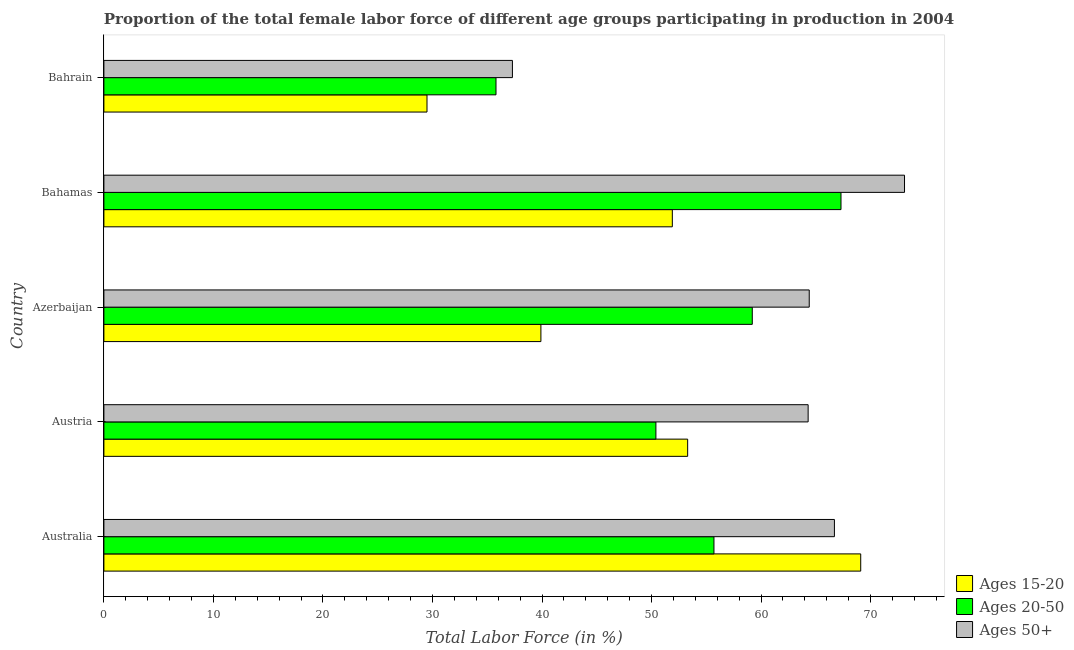
| Country | Ages 15-20 | Ages 20-50 | Ages 50+ |
 | --- | --- | --- | --- |
 | Australia | 69.1 | 55.7 | 66.7 |
 | Austria | 53.3 | 50.4 | 64.3 |
 | Azerbaijan | 39.9 | 59.2 | 64.4 |
 | Bahamas | 51.9 | 67.3 | 73.1 |
 | Bahrain | 29.5 | 35.8 | 37.3 |